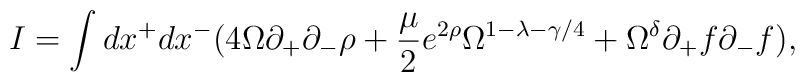
I = \int dx^+ dx^- ( 4 \Omega \partial_+ \partial_-\rho + \frac{\mu}{2} e^{2 \rho } \Omega^{1 - \lambda -\gamma / 4} + \Omega^{\delta} \partial_+ f\partial_- f    ),